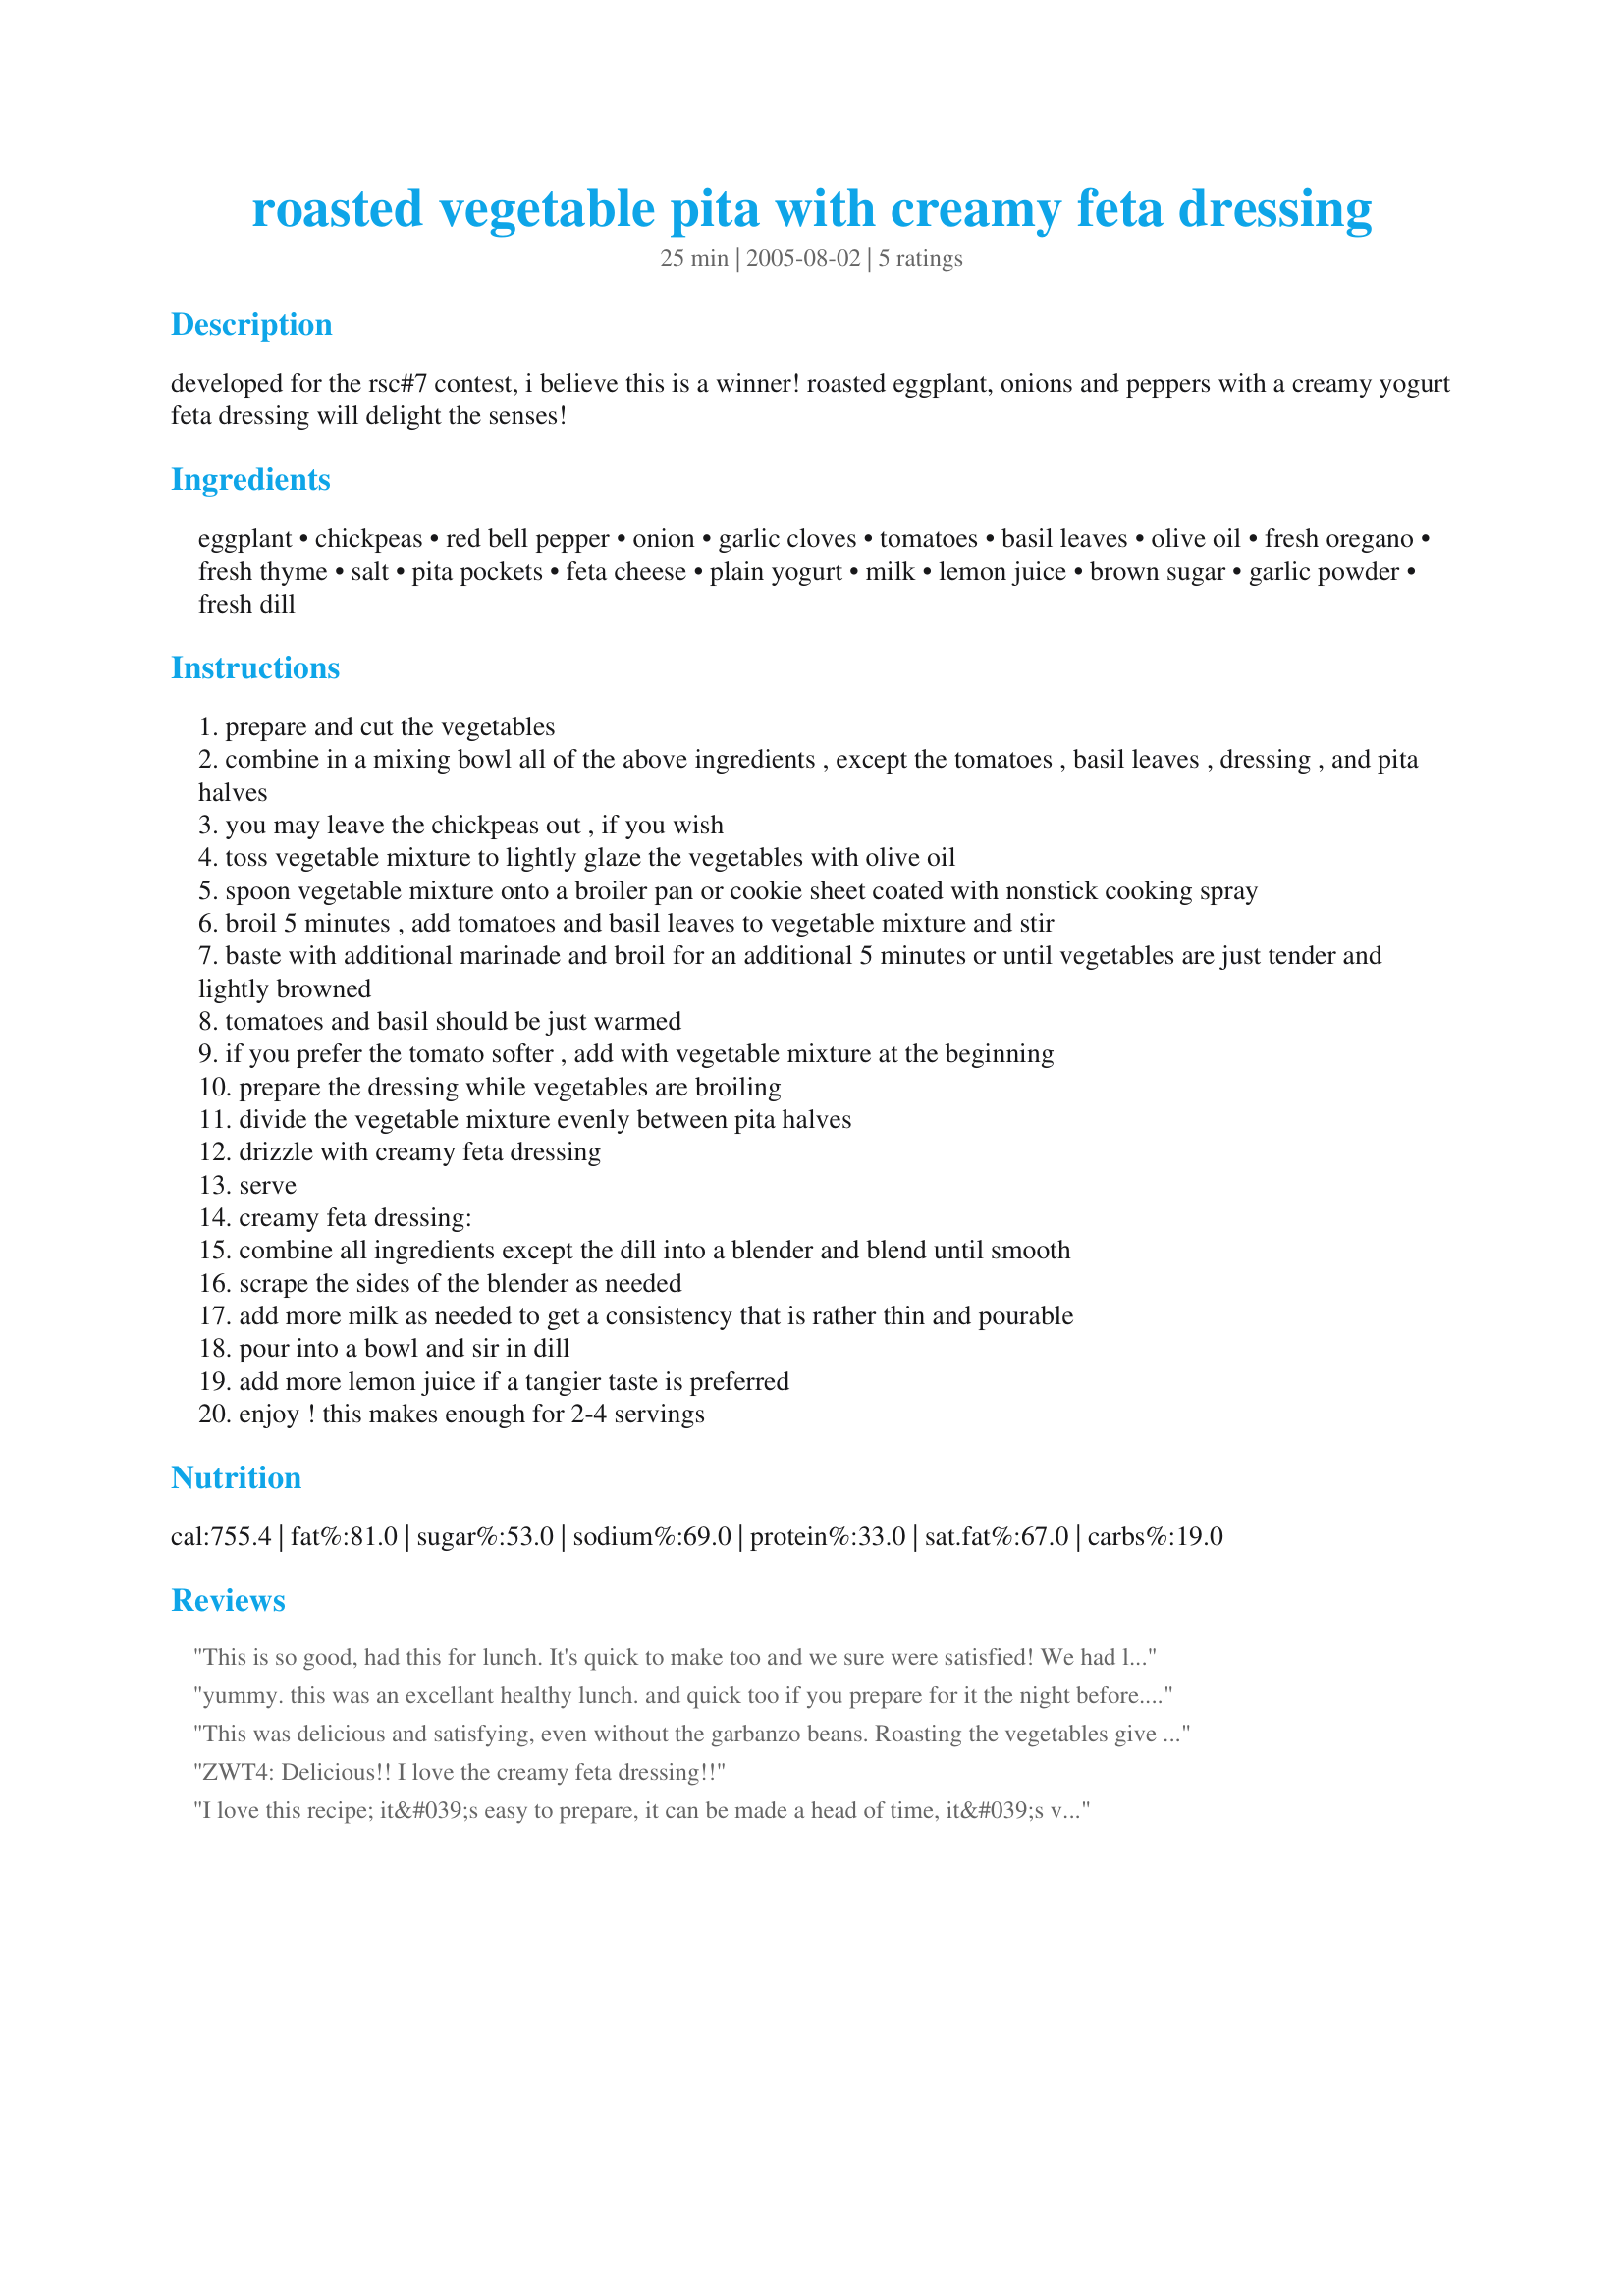
roasted vegetable pita with creamy feta dressing
Preparation time: 25 minutes

developed for the rsc#7 contest, i believe this is a winner! roasted eggplant, onions and peppers with a creamy yogurt feta dressing will delight the senses!

Ingredients:
eggplant, chickpeas, red bell pepper, onion, garlic cloves, tomatoes, basil leaves, olive oil, fresh oregano, fresh thyme, salt, pita pockets, feta cheese, plain yogurt, milk, lemon juice, brown sugar, garlic powder, fresh dill

Steps:
prepare and cut the vegetables
combine in a mixing bowl all of the above ingredients , except the tomatoes , basil leaves , dressing , and pita halves
you may leave the chickpeas out , if you wish
toss vegetable mixture to lightly glaze the vegetables with olive oil
spoon vegetable mixture onto a broiler pan or cookie sheet coated with nonstick cooking spray
broil 5 minutes , add tomatoes and basil leaves to vegetable mixture and stir
baste with additional marinade and broil for an additional 5 minutes or until vegetables are just tender and lightly browned
tomatoes and basil should be just warmed
if you prefer the tomato softer , add with vegetable mixture at the beginning
prepare the dressing while vegetables are broiling
divide the vegetable mixture evenly between pita halves
drizzle with creamy feta dressing
serve
creamy feta dressing:
combine all ingredients except the dill into a blender and blend until smooth
scrape the sides of the blender as needed
add more milk as needed to get a consistency that is rather thin and pourable
pour into a bowl and sir in dill
add more lemon juice if a tangier taste is preferred
enjoy ! this makes enough for 2-4 servings

Reviews:
This is so good, had this for lunch. It's quick to make too and we sure were satisfied! We had leftover feta dressing which btw is equally delicious, so that means I'll be making this again tonight! Thanks! Made for PF's potluck.
yummy. this was an excellant healthy lunch. and quick too if you prepare for it the night before. the little guys even liked it so that's a definate plus.
This was delicious and satisfying, even without the garbanzo beans. Roasting the vegetables give them a light sweetness, and the contrast of the tangy yogurt dressing brings that out. I really liked the mixed of spices (I used dried where that was an option.) This was also fairly easy to make. Good job.
ZWT4: Delicious!! I love the creamy feta dressing!!
I love this recipe; it&#039;s easy to prepare, it can be made a head of time, it&#039;s vegetarian and it&#039;s delicious! I often serve it as an appetizer with pita chips. I use basil olive oil to boost the flavor.
